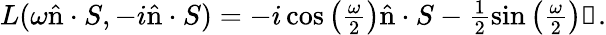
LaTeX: \begin{array}{r}{L(\omega\hat{\mathrm{n}}\cdot S,-i\hat{\mathrm{n}}\cdot S)=-i\cos\left(\frac{\omega}{2}\right)\hat{\mathrm{n}}\cdot S-\frac{1}{2}\sin\left(\frac{\omega}{2}\right)\mathbb{1}.}\end{array}